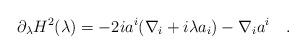
LaTeX: \begin{align*}\partial_\lambda H^2(\lambda)=-2ia^i(\nabla_i+i\lambda a_i)-\nabla_i a^i~~~.\end{align*}